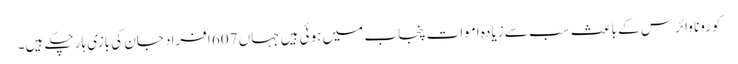
کورونا وائرس کے باعث سب سے زیادہ اموات پنجاب میں ہوئی ہیں جہاں 607 افراد جان کی بازی ہار چکے ہیں۔